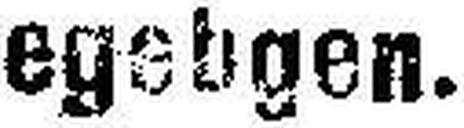
egebgen.